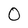
Character: 0